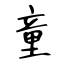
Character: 童